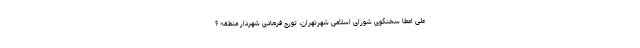
علی اعطا سخنگوی شورای اسلامی شهرتهران، تورج فرهادی شهردار منطقه ۶